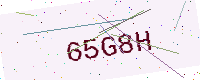
Text: 65G8H